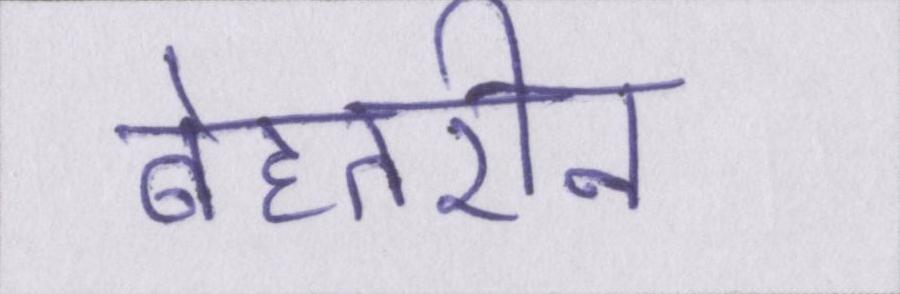
बेहतरीन